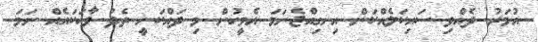
އުމަރު ދެއްވި ސައިކަލެއްކަން އިނގިއްޖެނަމަ އެމީހުން މި ދައްކަނީ ތެދު ވާހަކައެއް ނަމަ